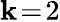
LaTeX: \mathbf{k}\! =\! 2